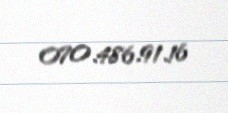
070.486.91.16